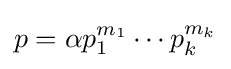
p=\alpha p_{1}^{m_{1}}\cdots p_{k}^{m_{k}}